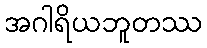
အဂါရိယဘူတဿ